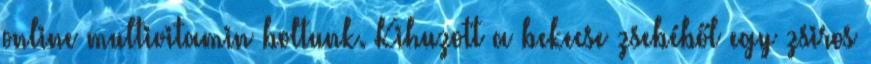
online multivitamin boltunk. Kihuzott a bekecse zsebéből egy zsiros